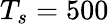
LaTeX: T_{s}=500